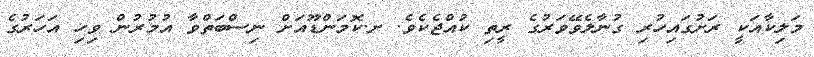
މަލިކާއަކީ ރަށުގައިހުރި ގުނާލެވޭވަރުގެ ރީތި ކުއްޖެކެވެ. ށ.ކޮމަންޑޫއަށް ނިސްބަތްވާ އުމުރުން ވިހި އަހަރުގެ